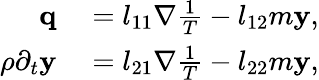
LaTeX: \begin{array}{rl}{\mathbf q}&{{}=l_{11}\nabla\frac{1}{T}-l_{12}m\mathbf y,}\\ {\rho\partial_{t}\mathbf y}&{{}=l_{21}\nabla\frac{1}{T}-l_{22}m\mathbf y,}\end{array}